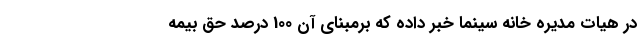
در هیات مدیره خانه سینما خبر داده که برمبنای آن 100 درصد حق بیمه